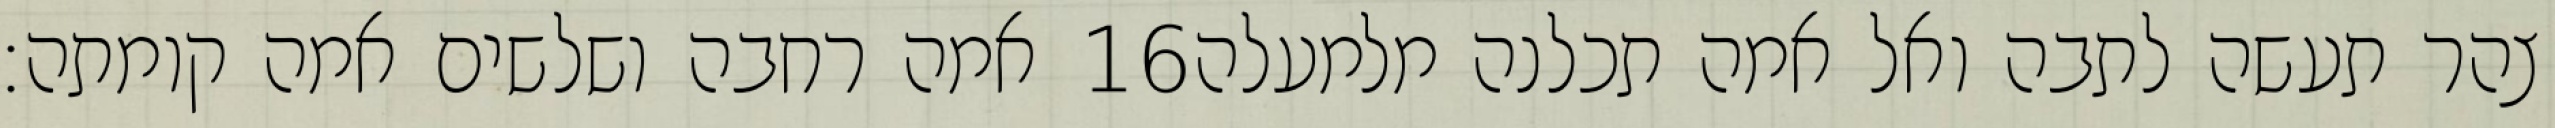
אמה רחבה ושלשים אמה קומתה׃ ‎16‏ צהר תעשה לתבה ואל אמה תכלנה מלמעלה